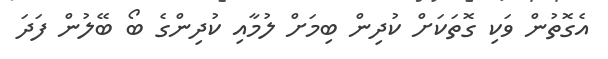
އެގޮތުން ވަކި ގޮތަކަށް ކުދިން ބިމަށް ލުމާއި ކުދިންގެ ބޯ ބޭލުން ފަދަ